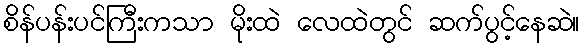
စိန်ပန်းပင်ကြီးကသာ မိုးထဲ လေထဲတွင် ဆက်ပွင့်နေဆဲ။